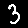
Digit: 3